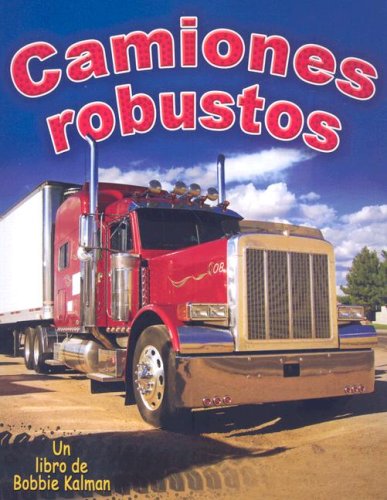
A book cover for Camiones Robustos / Tough Trucks (Vehiculos En Accion / Vehicles on the Move) (Spanish Edition); Bobbie Kalman; Children's Books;